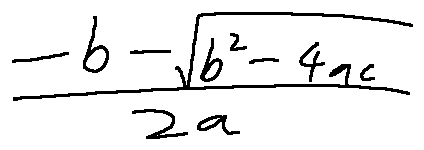
\frac { - b - \sqrt { b ^ { 2 } - 4 a c } } { 2 a }